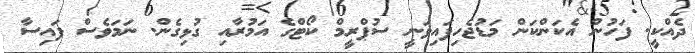
ދެއްކީ. ފަހުން އެކަންކަން މަޑުޖެހިފައިވަނީ ސުޕްރީމް ކޯޓްގެ އަމުރާއި ގުޅިގެން. ނަމަވެސް ފައިސާ